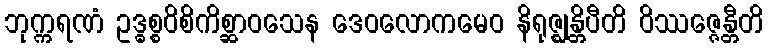
ဘုက္ကရဏံ ဥဒ္ဓစ္စဝိစိကိစ္ဆာဝသေန ဒေဝလောကမေဝ နိရုဇ္ဈန္တိပီတိ ဝိဿဇ္ဇေန္တီတိ